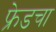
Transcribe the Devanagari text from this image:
फ्रेडचा